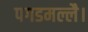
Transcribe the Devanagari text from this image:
पगडमल्लै।